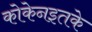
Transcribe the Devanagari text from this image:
कोकेनइतके